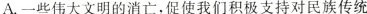
A.一些伟大文明的消亡，促使我们积极支持对民族传统